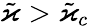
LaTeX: \tilde{\varkappa}>\tilde{\varkappa}_{c}